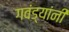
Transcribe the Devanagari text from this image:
गवंड्यांनी